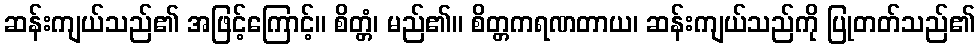
ဆန်းကျယ်သည်၏ အဖြင့်ကြောင့်။ စိတ္တံ၊ မည်၏။ စိတ္တကရဏတာယ၊ ဆန်းကျယ်သည်ကို ပြုတတ်သည်၏